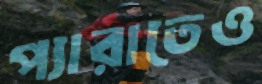
প্যারাতেও